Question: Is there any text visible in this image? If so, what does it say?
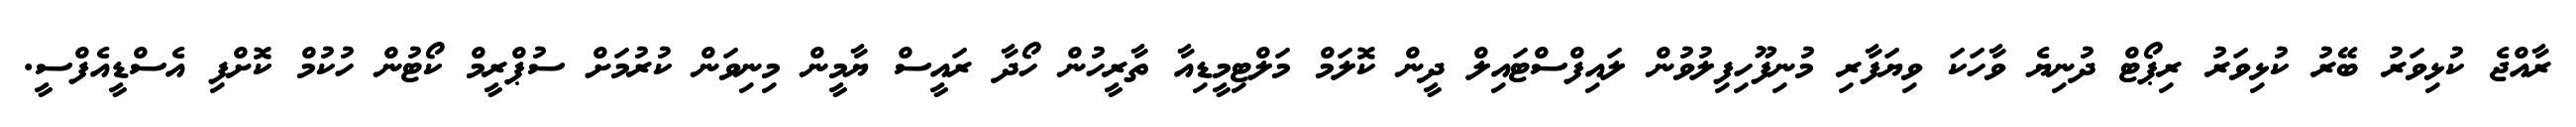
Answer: ރާއްޖެ ކުޅިވަރު ބޭރު ކުޅިވަރު ރިޕޯޓް ދުނިޔެ ވާހަކަ ވިޔަފާރި މުނިފޫހިފިލުވުން ލައިފްސްޓައިލް ދީން ކޮލަމް މަލްޓިމީޑިއާ ތާރީހުން ހޯދާ ރައީސް ޔާމީން މިނިވަން ކުރުމަށް ސުޕްރީމް ކޯޓުން ހުކުމް ކޮށްފި އެސްޑީއެފްސީ.